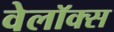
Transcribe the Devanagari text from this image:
वेलॉक्स